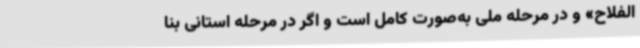
الفلاح» و در مرحله ملی به‌صورت کامل است و اگر در مرحله استانی بنا